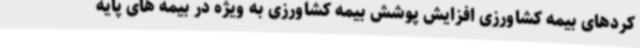
کردهای بیمه کشاورزی افزایش پوشش بیمه کشاورزی به ویژه در بیمه های پایه